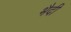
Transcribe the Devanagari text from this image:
भैदी